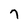
Character: 7